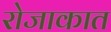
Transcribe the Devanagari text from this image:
रोजाकात